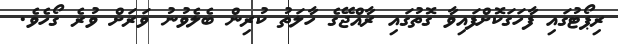
ރިޕޯޓުގައި ފާހަގަކޮށްފައިވާ ގޮތުގައި ރާއްޖޭގެ ހާލަތު ކުރިން ބެލެވުނު ވަރަށް ވުރެ ގޯހެވެ.